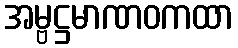
အမ္ဗဋ္ဌမာဏဝကထာ